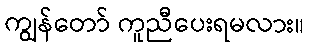
ကျွန်တော် ကူညီပေးရမလား။